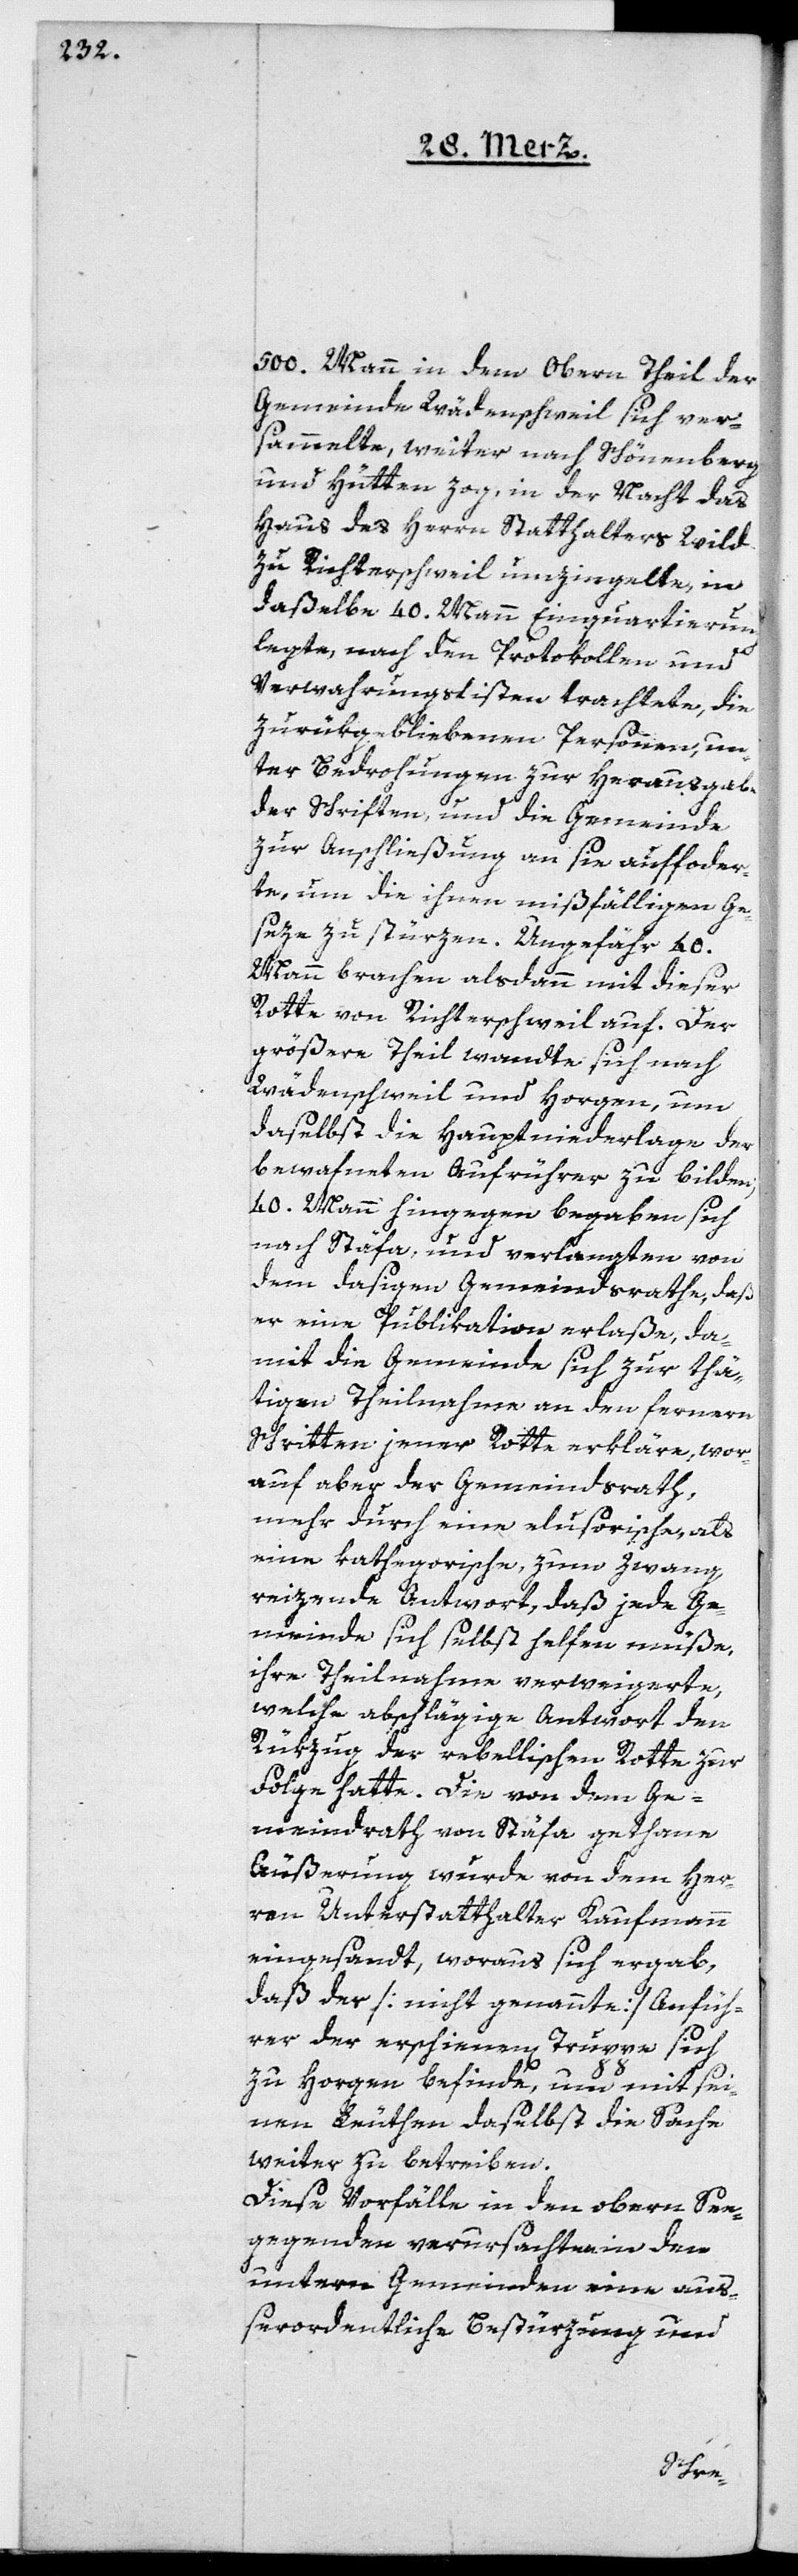
500. Mann in dem Obern Theil der
Gemeinde Wädenschweil sich ver¬
sammelte, weiter nach Schönenberg
und Hütten zog, in der Nacht das
Haus des Herrn Statthalters Wild
zu Richterschweil umzingelte, in
daßelbe 40. Mann Einquartierung
legte, nach den Protokollen und
Verwahrungslisten trachtete, die
zurückgebliebenen Personen, un¬
ter Bedrohung zur Herausgabe
der Schriften, und die Gemeinde
zur Anschließung an sie aufforder¬
te, um die ihnen mißfälligen Ge¬
seze zu stürzen. Ungefähr 40.
Mann brachen alsdann mit dieser
Rotte von Richterschweil auf. Der
größere Theil wandte sich nach
Wädenschweil und Horgen, um
daselbst die Hauptniederlage der
bewafneten Aufrührer zu bilden;
40. Mann hingegen begaben sich
nach Stäfa, und verlangten von
dem dasigen Gemeindsrathe, daß
er eine Publikation erlaße, da¬
mit die Gemeinde sich zur thä¬
tigen Theilnahme an den fernern
Schritten jener Rotte erkläre, wor¬
auf aber der Gemeindsrath,
mehr durch eine elusorische, als
eine kathegorische, zum Zwang
reizende Antwort, daß jede Ge¬
meinde sich selbst helfen müße,
ihre Theilnahme verweigerte,
welche abschlägige Antwort den
Rükzug der rebellischen Rotte zur
Folge hatte. Die von dem Ge¬
meindrath von Stäfa gethane
Äußerung wurde von dem Her¬
ren Unterstatthalter Kaufmann
eingesandt, woraus sich ergab,
daß der [nicht genannte] Anfüh¬
rer der erschien[en] Truppe sich
zu Horgen befinde, um mit sei¬
nen Leuthen daselbst die Sache
weiter zu betreiben.
Diese Vorfälle in den oberen See¬
gegenden verursachten in den
untern Gemeinden eine auß¬
erordentliche Bestürzung und